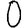
Digit: 0